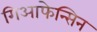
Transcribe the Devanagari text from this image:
गिआफेन्सिन